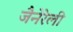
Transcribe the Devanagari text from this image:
जैनेरेली